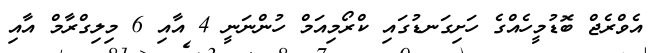
އެވްރެޖް ބޮޑުމީހެއްގެ ހަށިގަނޑުގައި ކްރޯމިއަމް ހުންނަނީ 4 އާއި 6 މިލިގްރާމް އާއި